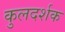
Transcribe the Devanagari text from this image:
कुलदर्शक